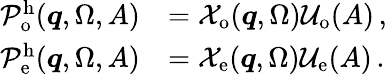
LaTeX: \begin{array}{rl}{\mathcal{P}_{\mathrm{o}}^{\mathrm{h}}(\boldsymbol{q},\Omega,A)}&{=\mathcal{X}_{\mathrm{o}}(\boldsymbol{q},\Omega)\mathcal{U}_{\mathrm{o}}(A)\, ,}\\ {\mathcal{P}_{\mathrm{e}}^{\mathrm{h}}(\boldsymbol{q},\Omega,A)}&{=\mathcal{X}_{\mathrm{e}}(\boldsymbol{q},\Omega)\mathcal{U}_{\mathrm{e}}(A)\, .}\end{array}